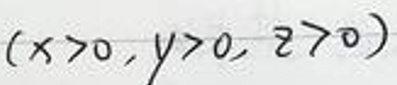
$(x>0, y>0, z>0)$